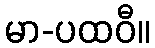
မာ-ပထဝီ။